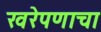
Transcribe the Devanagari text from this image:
खरेपणाचा